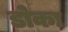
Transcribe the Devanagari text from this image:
डोका